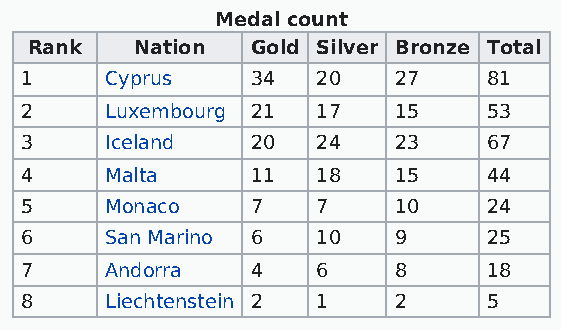
Medal count
 Rank   Nation  Gold Silver Bronze Total
 1     Cyprus    34  20   27    81
 2     Luxembourg 21 17   15    53
 3     Iceland   20  24   23    67
 4     Malta     11  18   15    44
 5     Monaco    7   7    10    24
 6     San Marino 6  10   9     25
 7     Andorra   4   6    8     18
 8     Liechtenstein 2 1  2     5